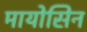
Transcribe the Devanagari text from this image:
मायोसिन